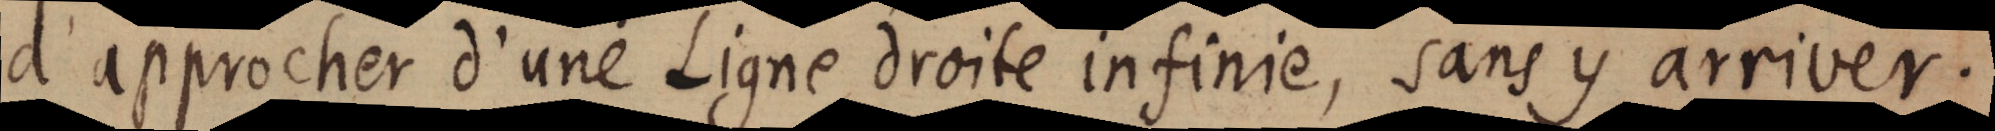
d’approcher d’une Ligne droite infinie, sans y arriver.